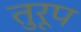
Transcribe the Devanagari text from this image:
तुरूप